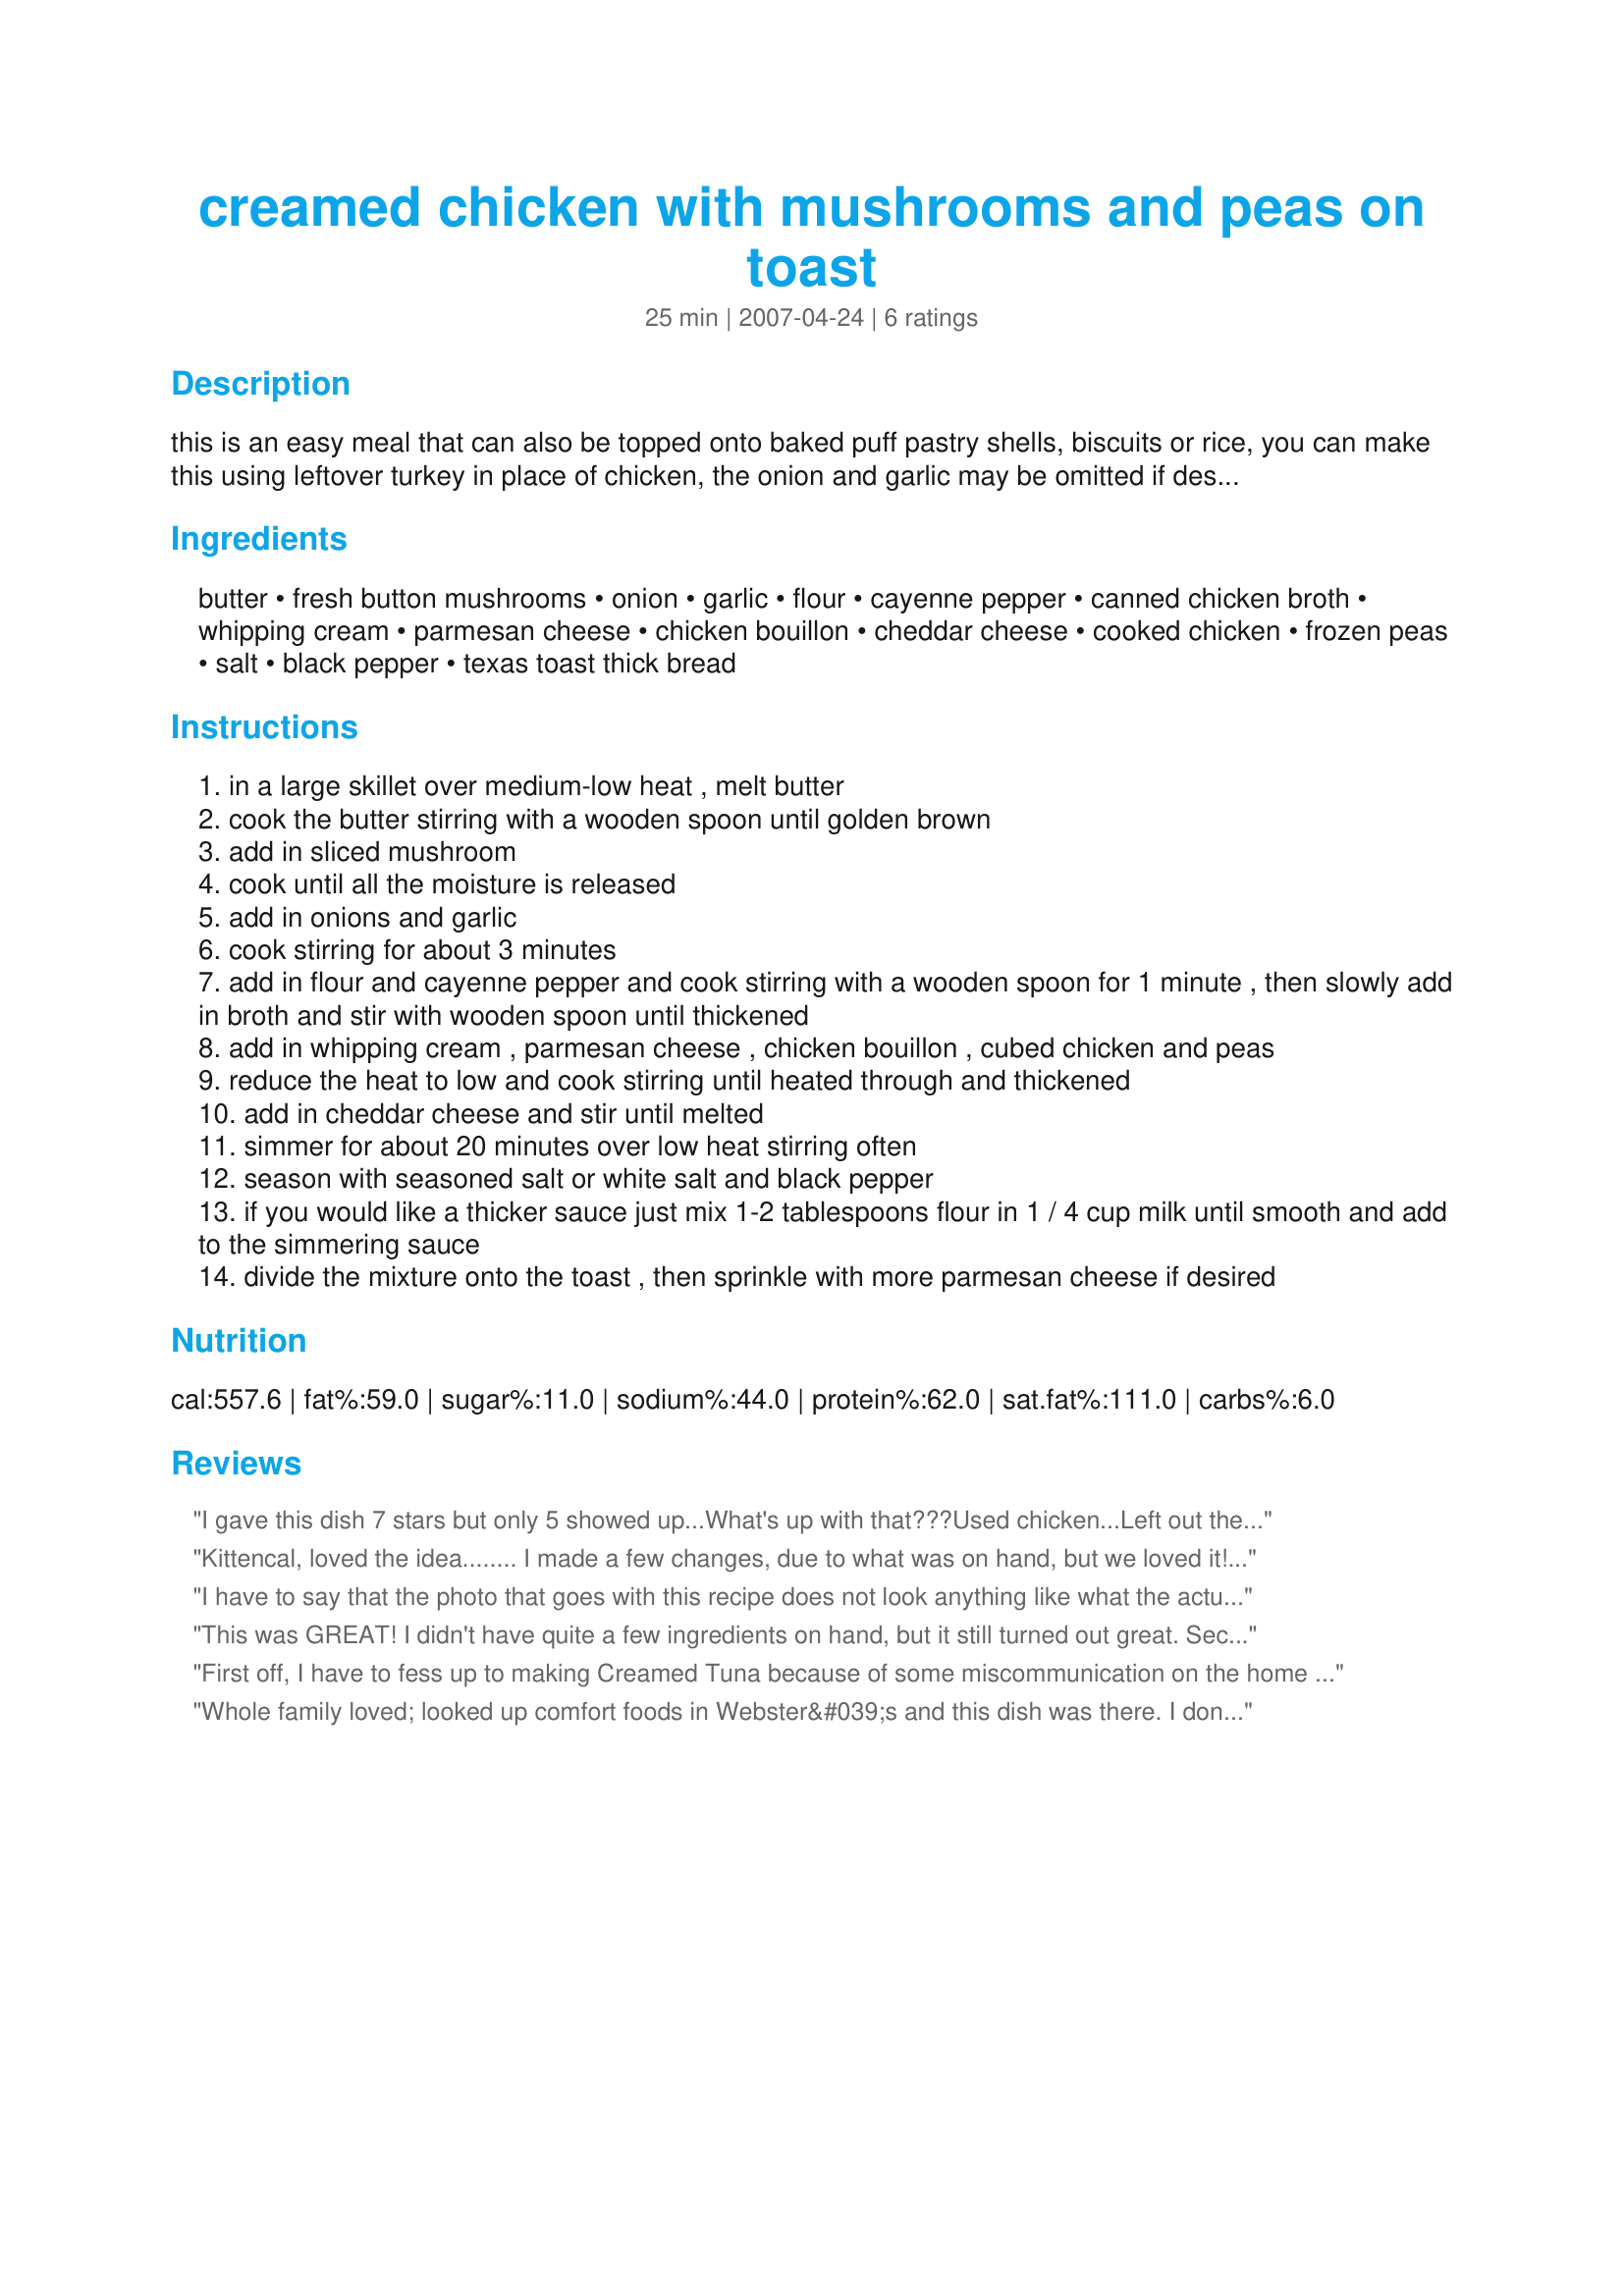
creamed chicken with mushrooms and peas on toast
Preparation time: 25 minutes

this is an easy meal that can also be topped onto baked puff pastry shells, biscuits or rice, you can make this using leftover turkey in place of chicken, the onion and garlic may be omitted if desired, i like to add it in for extra flavor, this recipe may easily be doubled, servings is only estimated.

Ingredients:
butter, fresh button mushrooms, onion, garlic, flour, cayenne pepper, canned chicken broth, whipping cream, parmesan cheese, chicken bouillon, cheddar cheese, cooked chicken, frozen peas, salt, black pepper, texas toast thick bread

Steps:
in a large skillet over medium-low heat , melt butter
cook the butter stirring with a wooden spoon until golden brown
add in sliced mushroom
cook until all the moisture is released
add in onions and garlic
cook stirring for about 3 minutes
add in flour and cayenne pepper and cook stirring with a wooden spoon for 1 minute , then slowly add in broth and stir with wooden spoon until thickened
add in whipping cream , parmesan cheese , chicken bouillon , cubed chicken and peas
reduce the heat to low and cook stirring until heated through and thickened
add in cheddar cheese and stir until melted
simmer for about 20 minutes over low heat stirring often
season with seasoned salt or white salt and black pepper
if you would like a thicker sauce just mix 1-2 tablespoons flour in 1 / 4 cup milk until smooth and add to the simmering sauce
divide the mixture onto the toast , then sprinkle with more parmesan cheese if desired

Reviews:
I gave this dish 7 stars but only 5 showed up...What's up with that???<br/>Used chicken...Left out the cheese...Used 2% milk...1st time on mashed potatos...2nd time on buttermilk biscuits...<br/>I too ate this for lunch at school back in the 50s-60s...Missed it ever since...
Kittencal, loved the idea........ I made a few changes, due to what was on hand, but we loved it!
I used a small can of mushrooms , a 5 ounce can of canned milk+ soy milk to make 1 cup whipping cream, peas and toasted chibatta bread!!! Thanks Kittencal for the recipe. Lauralee
I have to say that the photo that goes with this recipe does not look anything like what the actual dish does- the photo does not do it justice and I almost did not even try this recipe because of how nasty the photo looked! It is absolutely delicious though and it's so thick and creamy that you can put it in a bread bowl and have a meal of it's own! Thanks again Kittencal for yet another wonderful recipe!
This was GREAT! I didn't have quite a few ingredients on hand, but it still turned out great. Second recipe I've tried of Kittencal's and they were both outstanding.
First off, I have to fess up to making Creamed Tuna because of some miscommunication on the home front. That said, it tasted great, lol. I skipped the cheddar and used fat free evaporated milk in place of the cream to save on fat. The recipe works beautifully and makes an easy comfort food dinner. I must make it again and try it with chicken next time *wink*. Thanks Kittzen for a tasty meal.
Whole family loved; looked up comfort foods in Webster&#039;s and this dish was there. I don&#039;t like to rate dishes 5 stars unless they&#039;re truly worthy of best in class status, and I thought this definitely was. Didn&#039;t change a thing. Great job.
